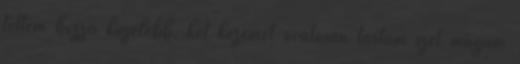
tettem hozzá közelebb, két kezemet óvatosan tártam szét magam